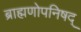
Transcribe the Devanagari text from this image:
ब्राह्मणोपनिषद्